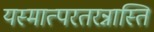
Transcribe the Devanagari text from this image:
यस्मात्परतरन्नास्ति